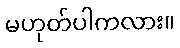
မဟုတ်ပါကလား။